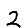
Digit: 2